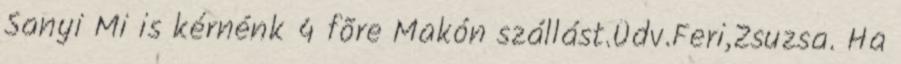
Sanyi Mi is kérnénk 4 fõre Makón szállást.Üdv.Feri,Zsuzsa. Ha